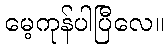
မေ့ကုန်ပါပြီလေ။